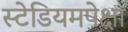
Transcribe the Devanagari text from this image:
स्टेडियमपेक्षा